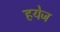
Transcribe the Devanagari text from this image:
हयेज